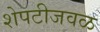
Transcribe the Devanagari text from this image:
शेपटीजवळ